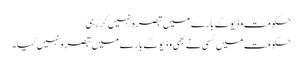
حکومت وڈیو کے بارے میں تبصرہ نہیں کررہی
حکومت میں کسی نے بھی وڈیو کے بارے میں تبصرہ نہیں کیا۔